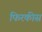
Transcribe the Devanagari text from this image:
फिरकीस